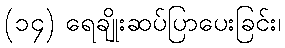
(၁၄) ရေချိုးဆပ်ပြာပေးခြင်း၊